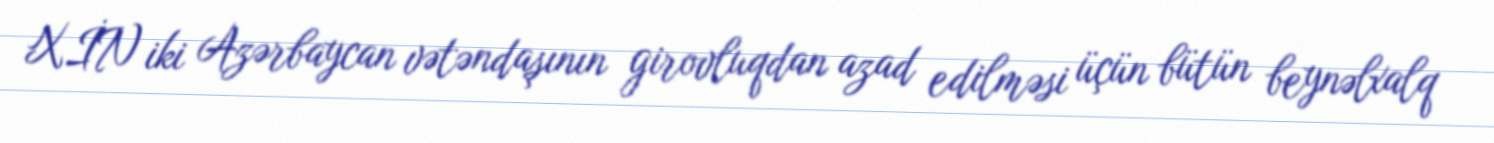
XİN iki Azərbaycan vətəndaşının girovluqdan azad edilməsi üçün bütün beynəlxalq